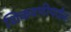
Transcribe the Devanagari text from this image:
शिकवणीपर्यंत